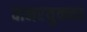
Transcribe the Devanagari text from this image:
वानरयुक्त्या